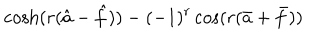
\cosh ( r ( \hat { a } - \hat { f } ) ) - ( - 1 ) ^ { r } \cos ( r ( \bar { a } + \bar { f } ) )